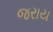
જરાય